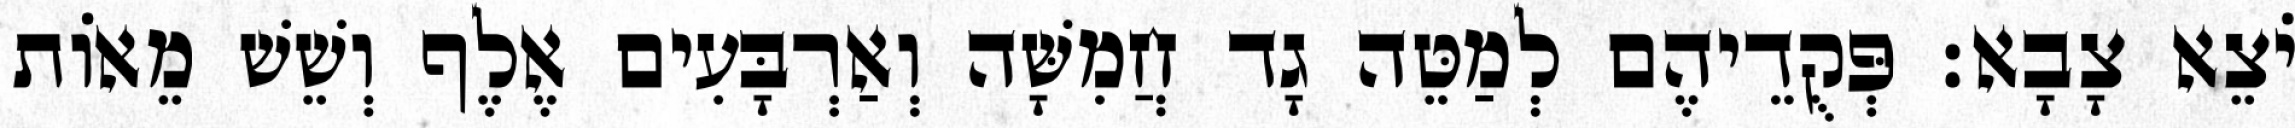
יֹצֵא צָבָא׃ פְּקֻדֵיהֶם לְמַטֵּה גָד חֲמִשָּׁה וְאַרְבָּעִים אֶלֶף וְשֵׁשׁ מֵאוֹת